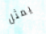
يمثل